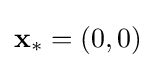
\mathbf {x} _{*}=(0,0)